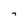
Character: 7